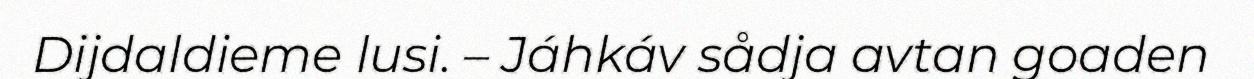
Dijdaldieme lusi. – Jáhkáv sådja avtan goaden